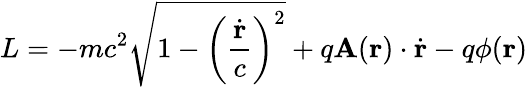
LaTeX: L=-mc^{2}{\sqrt{1-\left({\frac{\dot{\mathbf{r}}}{c}}\right)^{2}}}+q\mathbf{A}(\mathbf{r})\cdot{\dot{\mathbf{r}}}-q\phi(\mathbf{r})\,